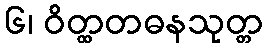
၆၊ ဝိတ္ထတဓနသုတ္တ